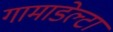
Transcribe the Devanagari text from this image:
गामाडेल्टा